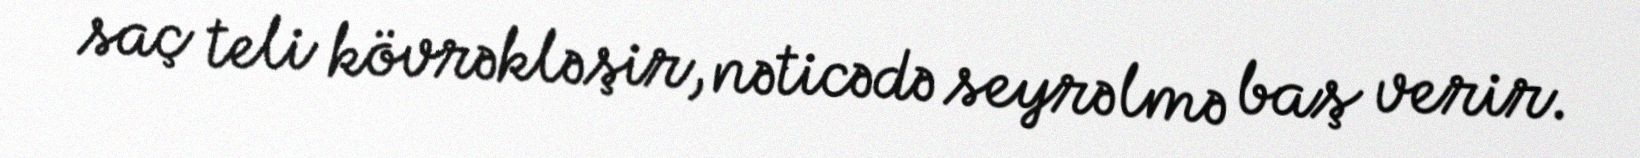
saç teli kövrəkləşir, nəticədə seyrəlmə baş verir.